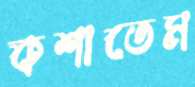
কশাতেম